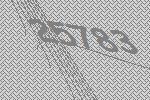
25783